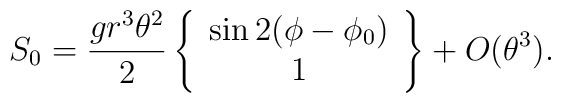
S_0 = \frac{g r^3 \theta^2}{2} \left\{ \begin{array}{c}\sin2(\phi - \phi_0) \\1 \end{array} \right\}+ O(\theta^3).